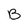
Character: B